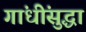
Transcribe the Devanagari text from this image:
गांधींसुद्धा